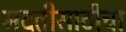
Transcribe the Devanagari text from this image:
मदतीसाठीचा